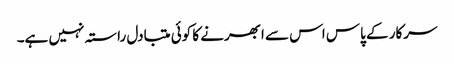
سرکار کے پاس اس سے ابھرنے کا کوئی متبادل راستہ نہیں ہے۔